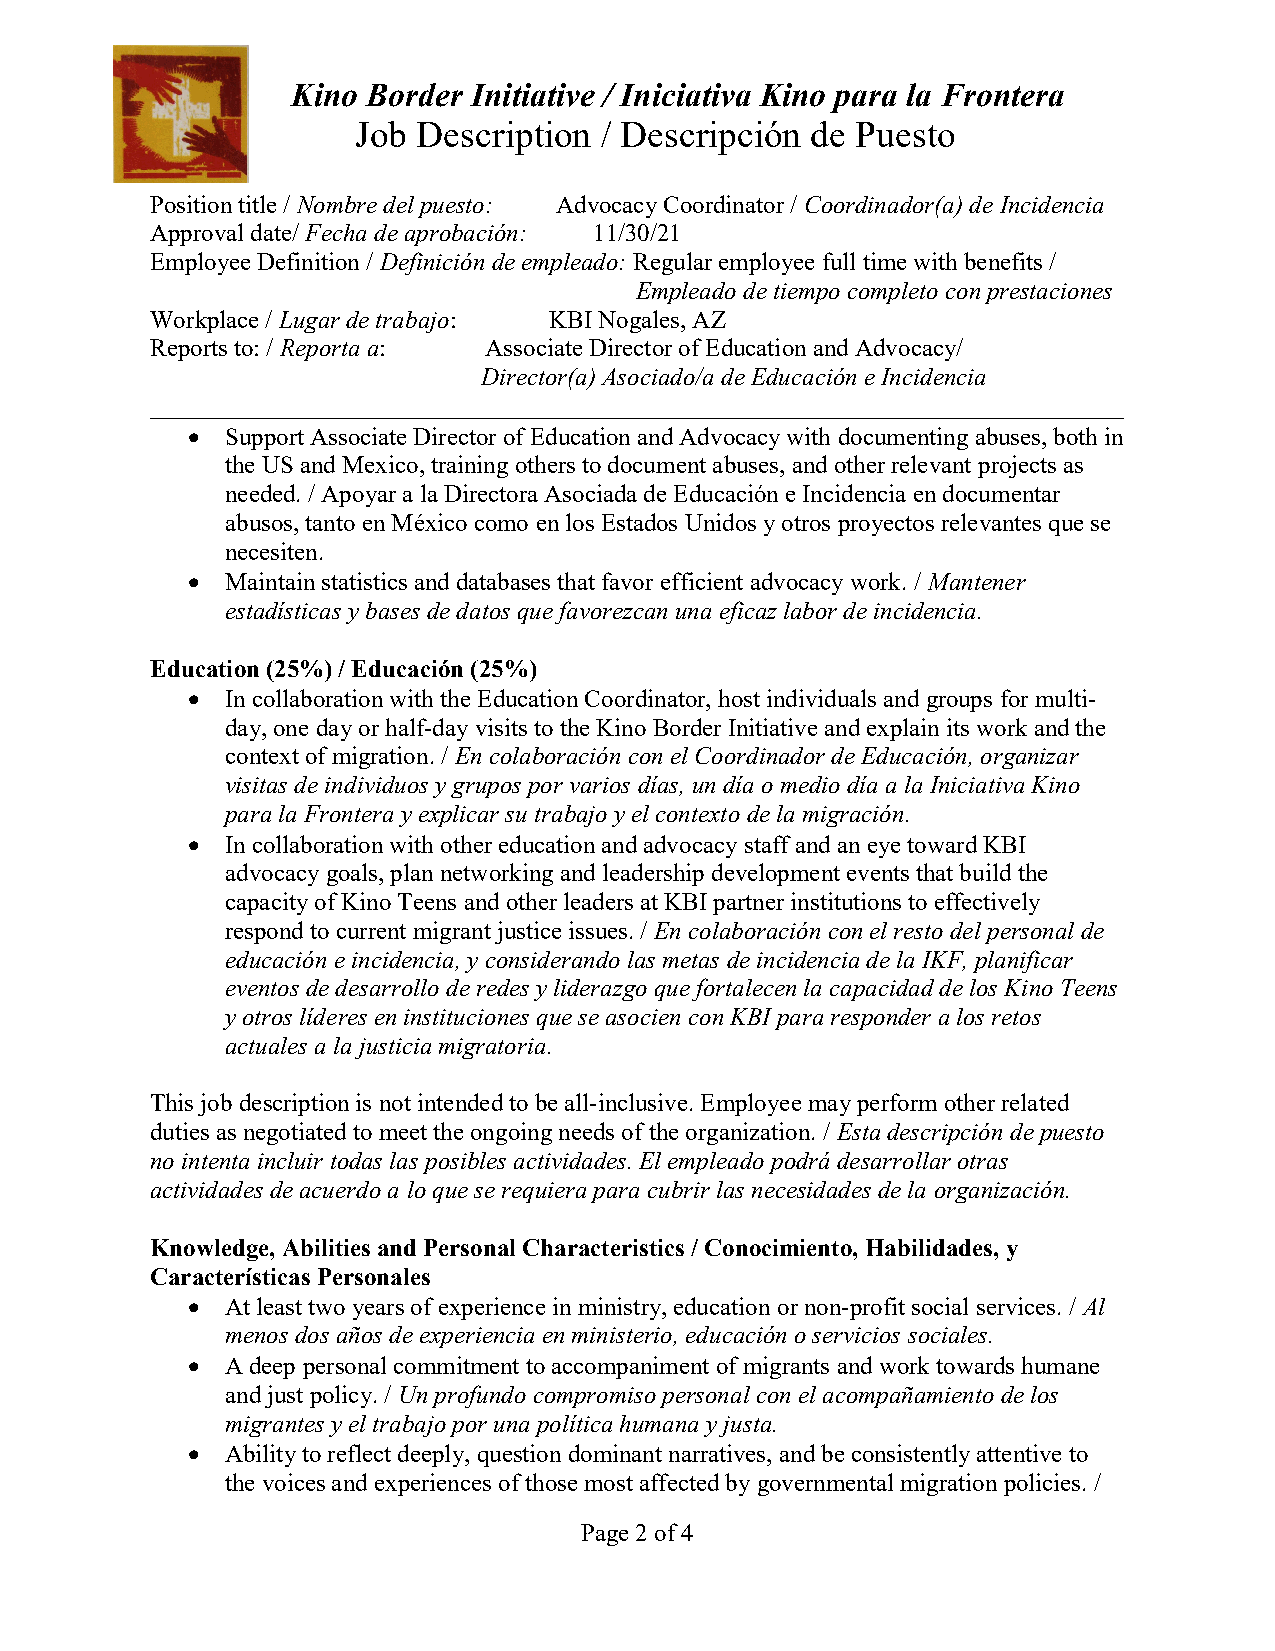
Kino Border Initiative / Iniciativa Kino para la Frontera
 Job Description / Descripción de Puesto
 Position title / Nombre del puesto: Advocacy Coordinator / Coordinador(a) de Incidencia
 Approval date/ Fecha de aprobación: 11/30/21
 Employee Definition / Definición de empleado: Regular employee full time with benefits /
 Empleado de tiempo completo con prestaciones
 Workplace / Lugar de trabajo: KBI Nogales, AZ
 Reports to: / Reporta a: Associate Director of Education and Advocacy/
 Director(a) Asociado/a de Educación e Incidencia
 ______________________________________________________________________________
   Support Associate Director of Education and Advocacy with documenting abuses, both in
 the US and Mexico, training others to document abuses, and other relevant projects as
 needed. / Apoyar a la Directora Asociada de Educación e Incidencia en documentar
 abusos, tanto en México como en los Estados Unidos y otros proyectos relevantes que se
 necesiten.
   Maintain statistics and databases that favor efficient advocacy work. / Mantener
 estadísticas y bases de datos que favorezcan una eficaz labor de incidencia.
 Education (25%) / Educación (25%)
   In collaboration with the Education Coordinator, host individuals and groups for multi-
 day, one day or half-day visits to the Kino Border Initiative and explain its work and the
 context of migration. / En colaboración con el Coordinador de Educación, organizar
 visitas de individuos y grupos por varios días, un día o medio día a la Iniciativa Kino
 para la Frontera y explicar su trabajo y el contexto de la migración.
   In collaboration with other education and advocacy staff and an eye toward KBI
 advocacy goals, plan networking and leadership development events that build the
 capacity of Kino Teens and other leaders at KBI partner institutions to effectively
 respond to current migrant justice issues. / En colaboración con el resto del personal de
 educación e incidencia, y considerando las metas de incidencia de la IKF, planificar
 eventos de desarrollo de redes y liderazgo que fortalecen la capacidad de los Kino Teens
 y otros líderes en instituciones que se asocien con KBI para responder a los retos
 actuales a la justicia migratoria.
 This job description is not intended to be all-inclusive. Employee may perform other related
 duties as negotiated to meet the ongoing needs of the organization. / Esta descripción de puesto
 no intenta incluir todas las posibles actividades. El empleado podrá desarrollar otras
 actividades de acuerdo a lo que se requiera para cubrir las necesidades de la organización.
 Knowledge, Abilities and Personal Characteristics / Conocimiento, Habilidades, y
 Características Personales
   At least two years of experience in ministry, education or non-profit social services. / Al
 menos dos años de experiencia en ministerio, educación o servicios sociales.
   A deep personal commitment to accompaniment of migrants and work towards humane
 and just policy. / Un profundo compromiso personal con el acompañamiento de los
 migrantes y el trabajo por una política humana y justa.
   Ability to reflect deeply, question dominant narratives, and be consistently attentive to
 the voices and experiences of those most affected by governmental migration policies. /
 Page 2 of 4